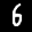
Label: 6